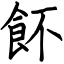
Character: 䬪